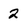
Character: 2